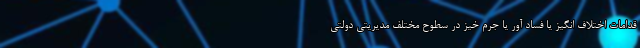
قدامات اختلاف انگیز یا فساد آور یا جرم خیز در سطوح مختلف مدیریتی دولتی